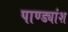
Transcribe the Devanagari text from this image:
पाण्ड्यांश